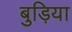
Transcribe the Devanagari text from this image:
बुड़िया